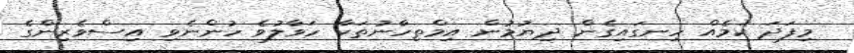
މިފަދަ ކަމެއް ހިނގައިގެން ދިޔުމުން އިމްތިހާނުތަކާ ހަވާލުވެ ހުންނެވި އިސްވެރިންގެ